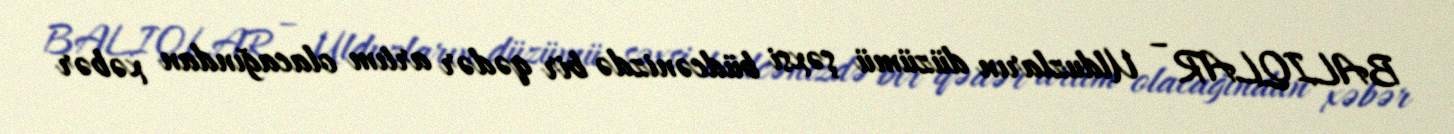
BALIQLAR – Ulduzların düzümü şəxsi büdcənizdə bir qədər artım olacağından xəbər